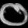
Digit: ၀